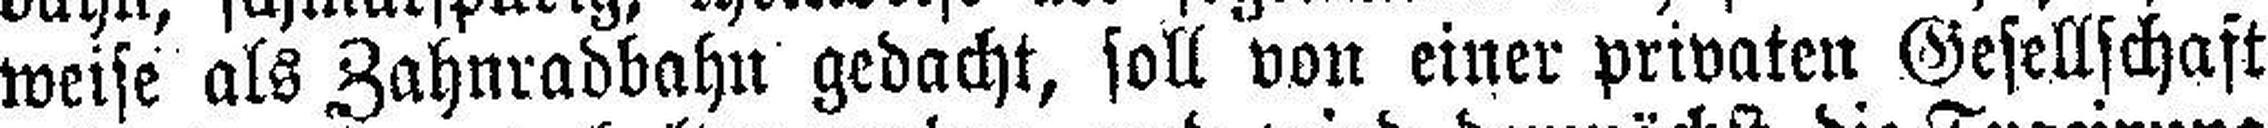
weise als Zahnradbahn gedacht, soll von einer privaten Gesellschaft